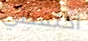
احتفظي